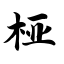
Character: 桠